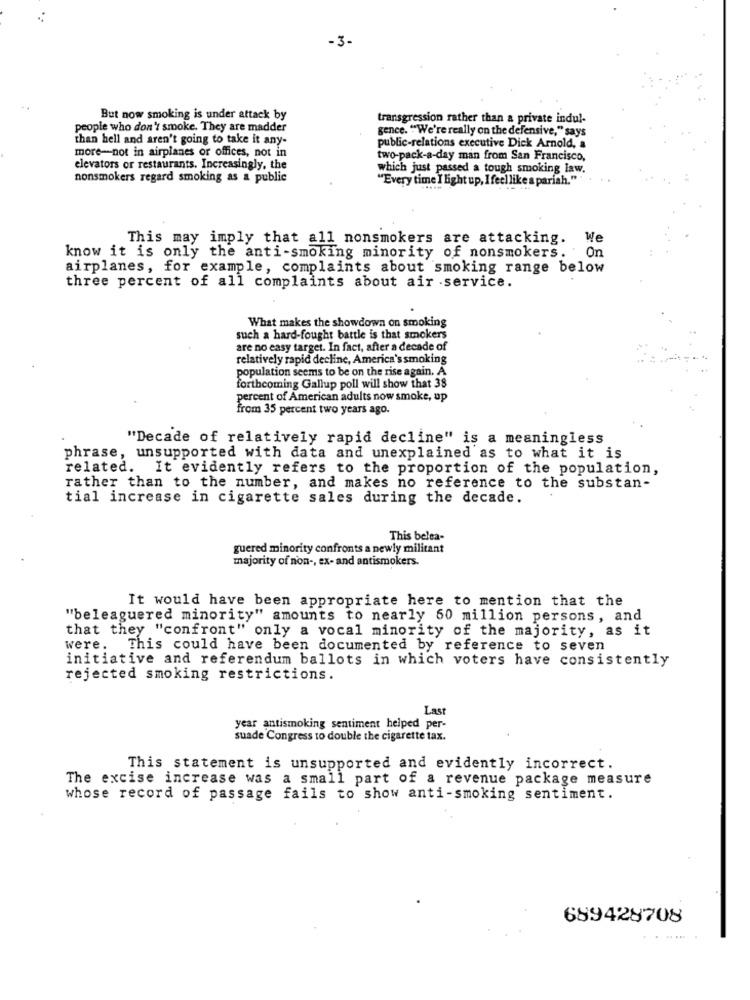
-3-
But now smoking is under attack by
transgression rather than a private indul-
people who don't smoke. They are madder
gence. ""We're really on the defensive," says
than hell and aren't going to take it any-
more-not in airplanes or offices, not in
public-relations executive Dick Arnold, a
two-pack-a-day man from San Francisco,
elevators or restaurants. Increasingly, the
which just passed a tough smoking law.
nonsmokers regard smoking as a public
"Every time I light up, I feel like a pariah."".
This may imply that all nonsmokers are attacking.
We
On
know it is only the anti-smoking minority of nonsmokers.
airplanes, for example, complaints about smoking range below
three percent of all complaints about air service.
What makes the showdown on smoking
such a hard-fought battle is that smokers
are no easy target. In fact, after a decade of
relatively rapid decline, America's smoking
population seems to be on the rise again. A
forthcoming Gallup poll will show that 38
percent of American adults now smoke, up
from 35 percent two years ago.
"Decade of relatively rapid decline" is a meaningless
phrase, unsupported with data and unexplained as to what it is
related. It evidently refers to the proportion of the population,
rather than to the number, and makes no reference to the substan-
tial increase in cigarette sales during the decade.
This belea-
guered minority confronts a newly militant
majority of non -, ex- and antismokers.
It would have been appropriate here to mention that the
"beleaguered minority" amounts to nearly 60 million persons, and
that they "confront" only a vocal minority of the majority, as it
were.
This could have been documented by reference to seven
initiative and referendum ballots in which voters have consistently
rejected smoking restrictions.
Last
year antismoking sentiment helped per-
suade Congress to double the cigarette tax.
This statement is unsupported and evidently incorrect.
The excise increase was a small part of a revenue package measure
whose record of passage fails to show anti-smoking sentiment.
689428708